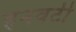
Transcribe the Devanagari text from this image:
हनवटी